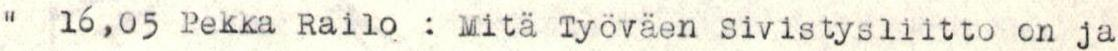
"  16,05 Pekka Railo : Mitä Työväen sivistysliitto on ja